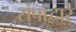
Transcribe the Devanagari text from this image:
संपाद्वारे